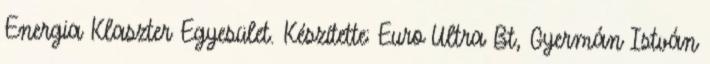
Energia Klaszter Egyesület. Készítette: Euro Ultra Bt, Gyermán István